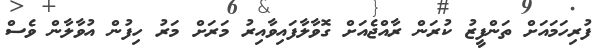
ފުރިހަމައަށް ތަންފީޒު ކުރަން ރާއްޖެއަށް ގޮވާލާފައިވާއިރު މަރަށް މަރު ހިފުން އުވާލާން ވެސް